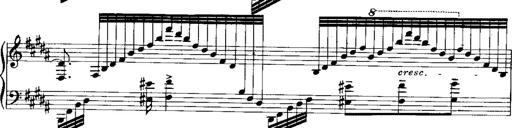
Title: RÃ©miniscences de Norma de Bellini
Composer: Franz Liszt